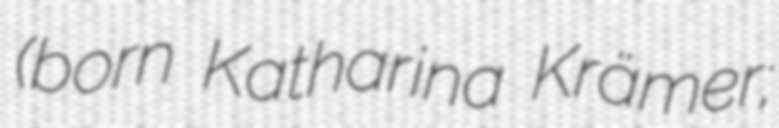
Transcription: (born Katharina Krämer;